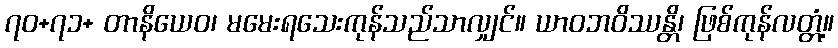
၇၀+၇၁+ တာနိယေဝ၊ မမေးရသေးကုန်သည်သာလျှင်။ ယာဝဘဝိဿန္တိ၊ ဖြစ်ကုန်လတ္တံ့။